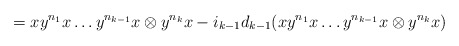
\begin{align*}= xy^{n_1}x \dots y^{n_{k-1}}x \otimes y^{n_k}x - i_{k-1}d_{k-1}(xy^{n_1}x \dots y^{n_{k-1}}x \otimes y^{n_k}x) \end{align*}